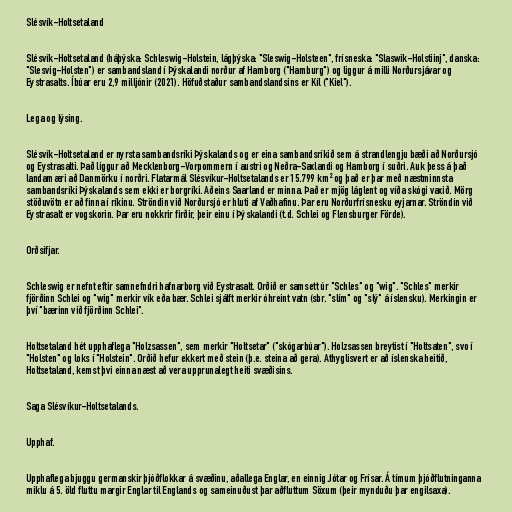
Slésvík-Holtsetaland

Slésvík-Holtsetaland (háþýska: Schleswig-Holstein, lágþýska: "Sleswig-Holsteen", frísneska: "Slaswik-Holstiinj", danska:
"Slesvig-Holsten") er sambandsland í Þýskalandi norður af Hamborg ("Hamburg") og liggur á milli Norðursjávar og
Eystrasalts. Íbúar eru 2,9 milljónir (2021). Höfuðstaður sambandslandsins er Kíl ("Kiel").

Lega og lýsing.

Slésvík-Holtsetaland er nyrsta sambandsríki Þýskalands og er eina sambandsríkið sem á strandlengju bæði að Norðursjó
og Eystrasalti. Það liggur að Mecklenborg-Vorpommern í austri og Neðra-Saxlandi og Hamborg í suðri. Auk þess á það
landamæri að Danmörku í norðri. Flatarmál Slésvíkur-Holtsetalands er 15.799 km² og það er þar með næstminnsta
sambandsríki Þýskalands sem ekki er borgríki. Aðeins Saarland er minna. Það er mjög láglent og víða skógi vaxið. Mörg
stöðuvötn er að finna í ríkinu. Ströndin við Norðursjó er hluti af Vaðhafinu. Þar eru Norðurfrísnesku eyjarnar. Ströndin við
Eystrasalt er vogskorin. Þar eru nokkrir firðir, þeir einu í Þýskalandi (t.d. Schlei og Flensburger Förde).

Orðsifjar.

Schleswig er nefnt eftir samnefndri hafnarborg við Eystrasalt. Orðið er samsett úr "Schles" og "wig". "Schles" merkir
fjörðinn Schlei og "wig" merkir vík eða bær. Schlei sjálft merkir óhreint vatn (sbr. "slím" og "slý" á íslensku). Merkingin er
því "bærinn við fjörðinn Schlei".

Holtsetaland hét upphaflega "Holzsassen", sem merkir "Holtsetar" ("skógarbúar"). Holzsassen breytist í "Holtsaten", svo í
"Holsten" og loks í "Holstein". Orðið hefur ekkert með stein (þ.e. steina að gera). Athyglisvert er að íslenska heitið,
Holtsetaland, kemst þvi einna næst að vera upprunalegt heiti svæðisins.

Saga Slésvíkur-Holtsetalands.

Upphaf.

Upphaflega bjuggu germanskir þjóðflokkar á svæðinu, aðallega Englar, en einnig Jótar og Frísar. Á tímum þjóðflutninganna
miklu á 5. öld fluttu margir Englar til Englands og sameinuðust þar aðfluttum Söxum (þeir mynduðu þar engilsaxa).